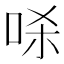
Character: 𱒞